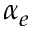
\alpha _ { e }